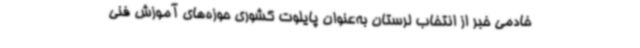
خادمی خبر از انتخاب لرستان به‌عنوان پایلوت کشوری حوزه‌های آموزش فنی